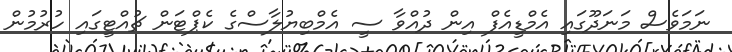
ނަމަވެސް މަނަދޫގައި އެމްޑީއެފް އިން ދުއްވާ ސީ އެމްބިޔުލާސްގެ ކެޕްޓަން ޗުއްޓީގައި ހުރުމުން